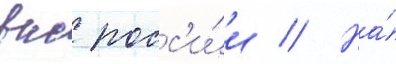
вкс росс'и́и // На́